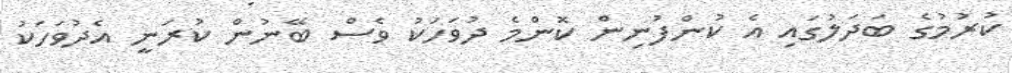
ކުރުމުގެ ބަދަލުގައި އެ ކުންފުނިން ކޮންމެ ދުވަހަކު ވެސް ބޭނުން ކުރަނީ އެދުވަހަކު